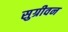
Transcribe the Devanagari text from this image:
सुग्रीवन